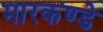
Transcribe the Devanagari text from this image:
मारकण्डे